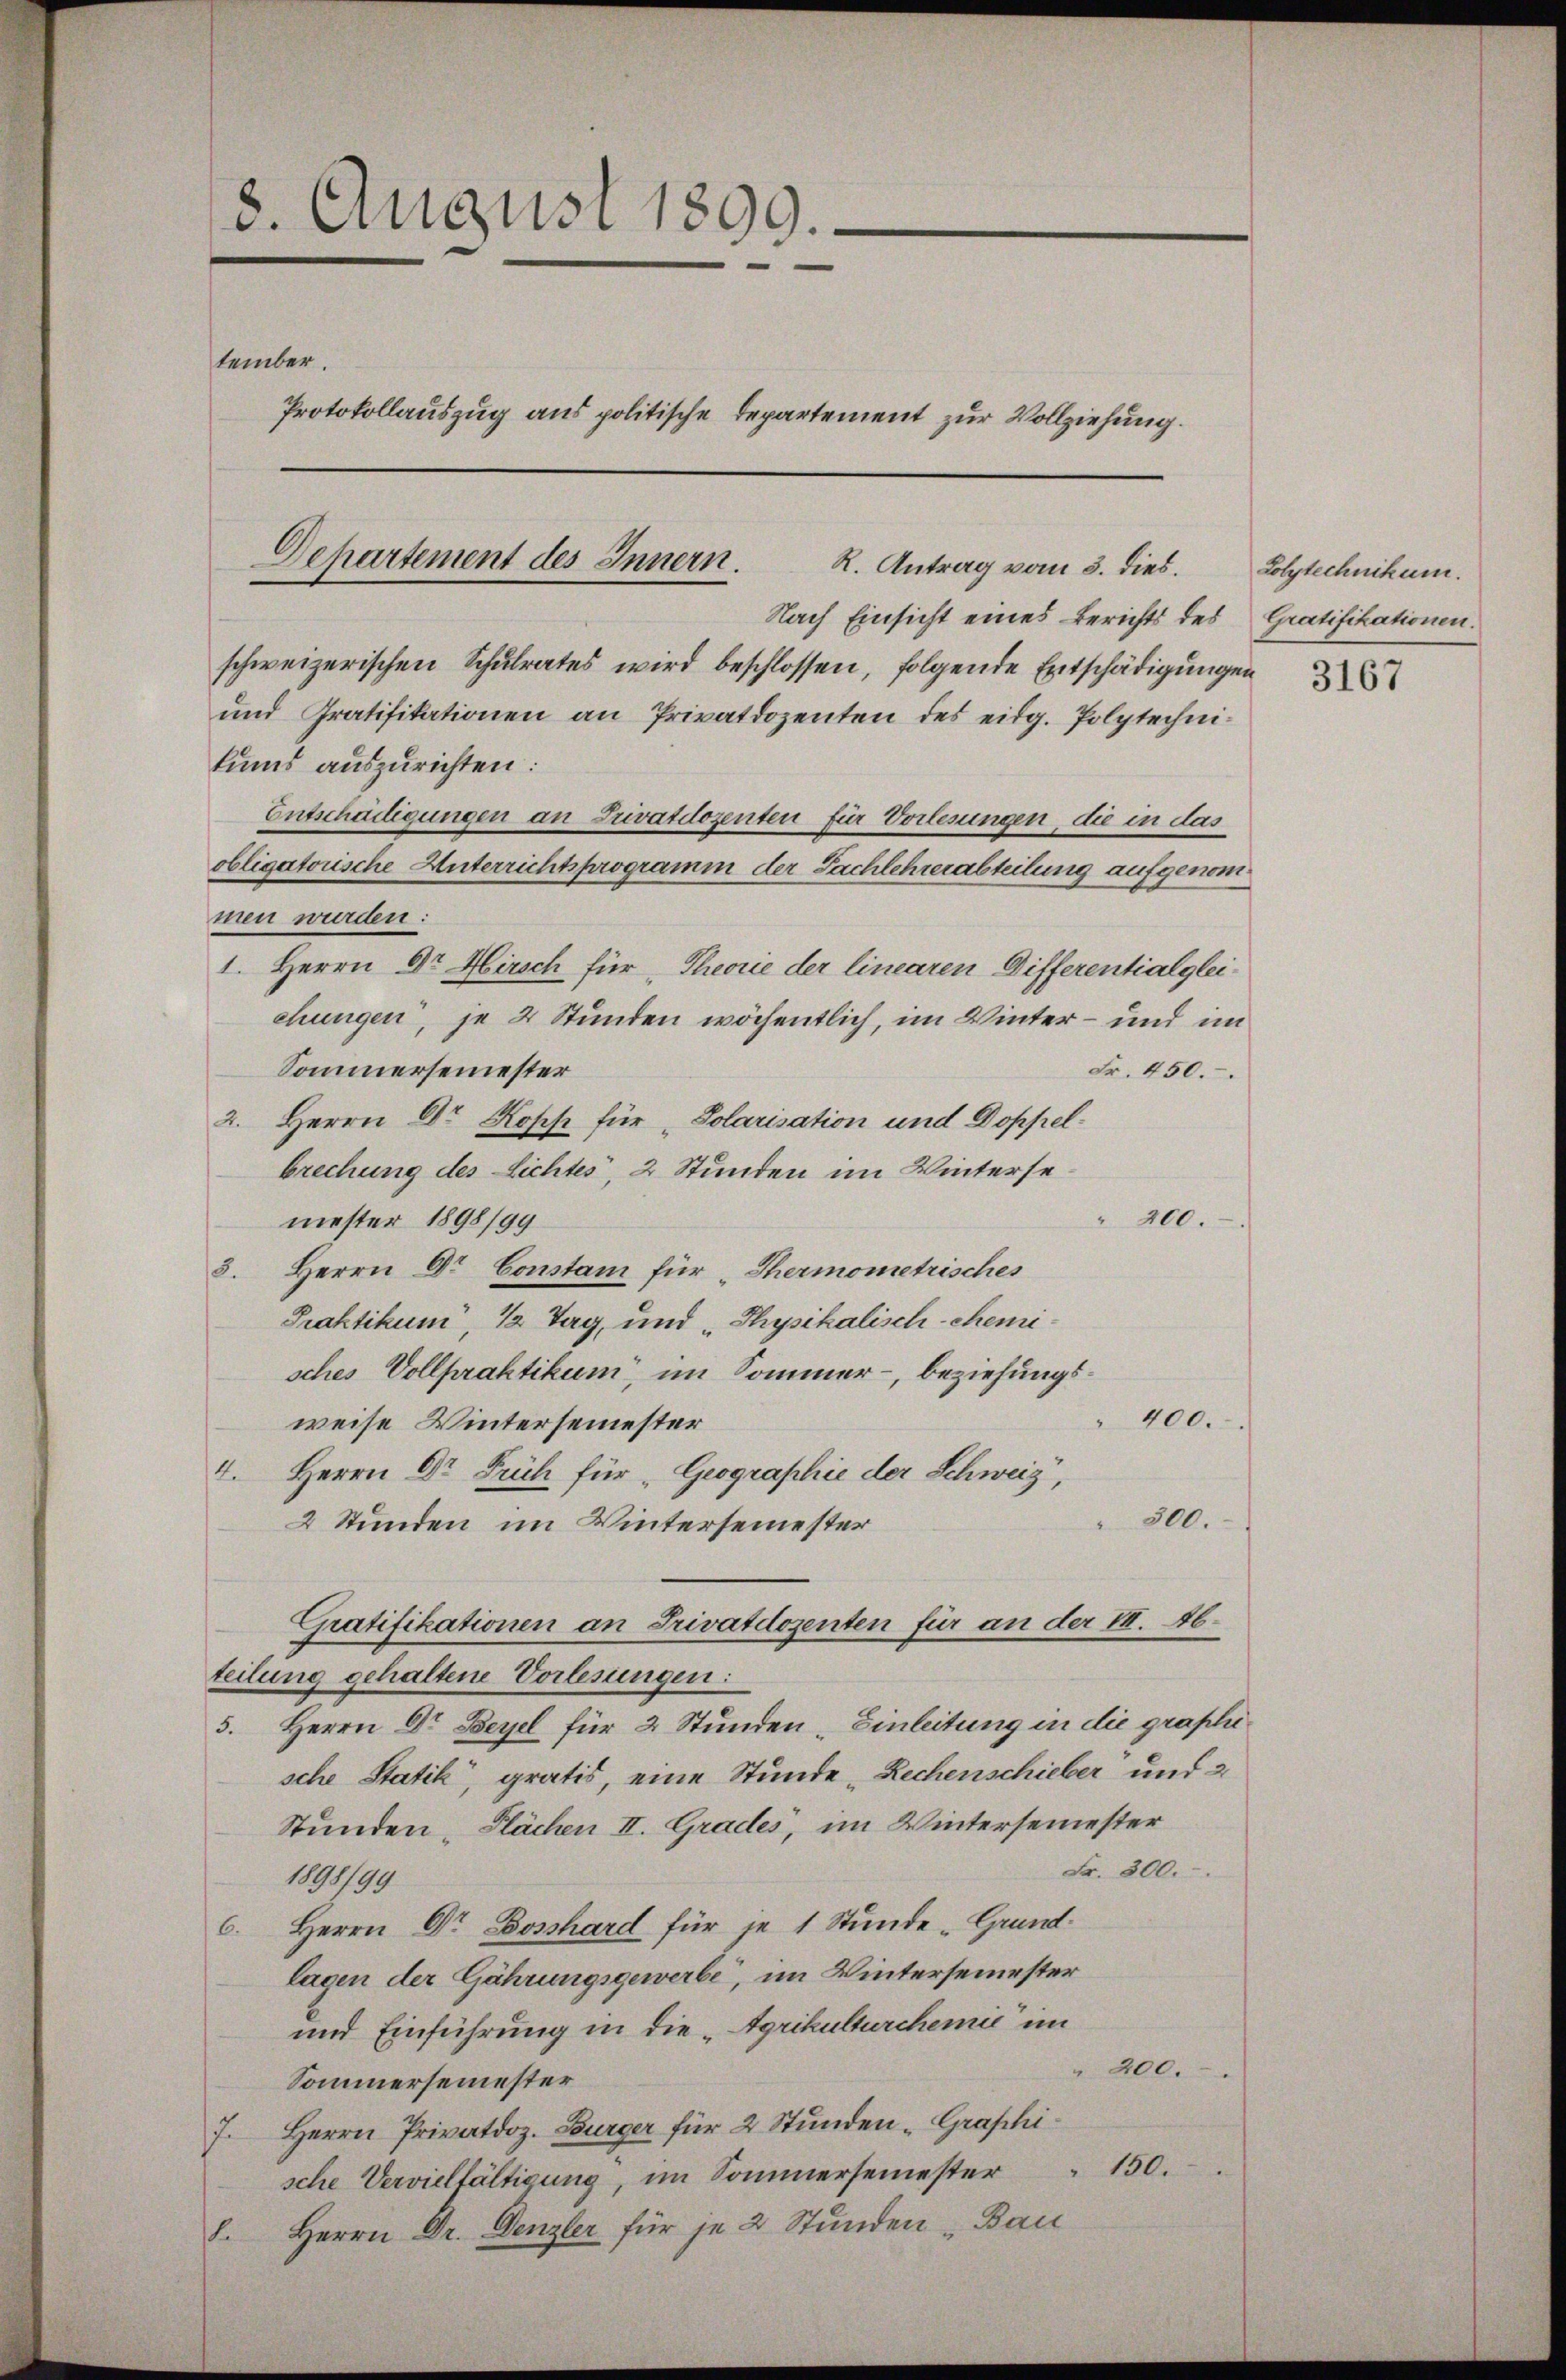
8. August 1899.
tember.
Protokollauszug aus politische Departement zur Vollziehung.

Departement des Innern.
R. Antrag vom 3. dies.
Nach Einsicht eines Berichts des Gratifikationen.

Entschädigungen an Privatdozenten für Vorlesungen, die in das

obligatorische Unterrichtsprogramm der Sachlehrerabteilung aufgenom¬

schweizerischen Schulrates wird beschlossen, folgende Entschädigungen
und Gratifikationen an Privatdozenten des eidg. Polytechnitums auszurichten:
men wurden:
1. Herrn Dr. Hirsch für Theorie der linearen Differentialgleichungen, je 4 Stunden wöchentlich, im Winter – und im
Sommersemester
Fr. 450.
2. Herrn Dr Kopf für „Solarisation und Doppelbrechung des Lichtes, 2 Stunden im Wintersemester 1898/99
" 200.
3. Herrn Dr Constam für „Thermometrisches
Praktikum, 1 Tag, und „Physikalisch-Memisches Vollpraktikum, im Sommer, beziehungs¬
400.
weise Wintersemester
4. Herrn Dr Früh für „Geographie der Schweiz,
500.
2 Stunden im Wintersemester
Gratifikationen an Privatdozenten für an der II. Abteilung gehaltene Vorlesungen:
5. Herrn Dr Beyel für 2 Stunden - Einleitung in die graphiesche Statik, gratis, eine Stunde Rechenschieber und 2
Stunden, Flächen II. Grades, im Wintersemester
Fr. 300.
1898/99
6. Herrn Dr. Dosshard für je 1 Stunde Grundlagen der Gährungsgewerbe, im Wintersemester
und Einführung in die „Agrikulturchemie im
200.
Sommersemester
7. Herrn Privatdoz. Burger für 2 Stunden - Graphische Vervielfältigung, im Sommersemester " 150.
8. Herrn Dr. Denzler für je 2 Stunden „Bau

Lolytechnikum.

3167